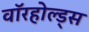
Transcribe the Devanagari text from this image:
वॉरहोल्ड्स